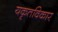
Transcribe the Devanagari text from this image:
यकृतविकार